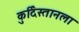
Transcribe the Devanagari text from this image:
कुर्दिस्तानला